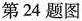
第24题图